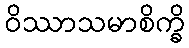
ဝိဿာသမာစိက္ခိ